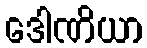
ဒေါဏိယာ